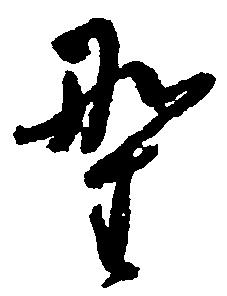
野